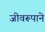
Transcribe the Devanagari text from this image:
जीवरूपाने